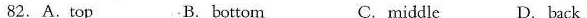
82.A.Top B.Bottom C.middle D、back